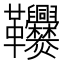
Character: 𩎑